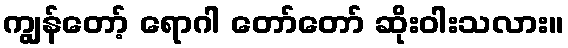
ကျွန်တော့် ရောဂါ တော်တော် ဆိုးဝါးသလား။